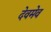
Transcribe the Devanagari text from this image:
देवमेव